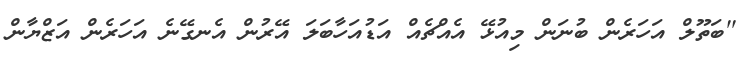
''ބަތޫލް އަހަރެން ބުނަން މިއުޅޭ އެއްޗެއް އަޑުއަހާބަލަ އޭރުން އެނގޭނެ އަހަރެން އަޒްޔާން